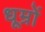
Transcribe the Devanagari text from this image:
धूम्रों